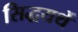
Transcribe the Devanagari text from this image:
सिद्धयर्थे